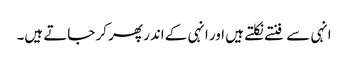
انہی سے فنتے نکلتے ہیں اور انہی کے اندر پھر کر جاتے ہیں۔